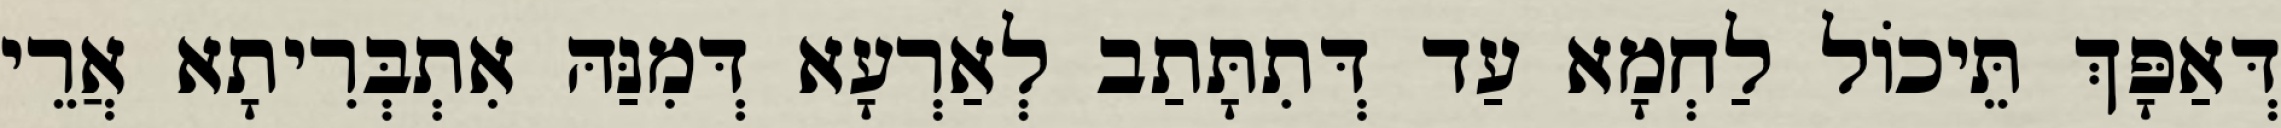
דְּאַפָּךְ תֵּיכוֹל לַחְמָא עַד דְּתִתָּתַב לְאַרְעָא דְּמִנַּהּ אִתְבְּרִיתָא אֲרֵי